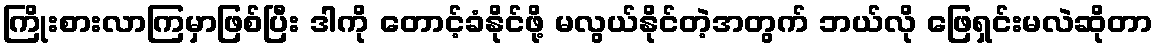
ကြိုးစားလာကြမှာဖြစ်ပြီး ဒါကို တောင့်ခံနိုင်ဖို့ မလွယ်နိုင်တဲ့အတွက် ဘယ်လို ဖြေရှင်းမလဲဆိုတာ